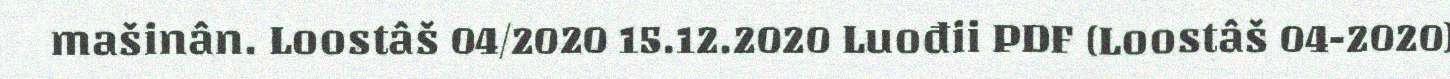
mašinân. Loostâš 04/2020 15.12.2020 Luođii PDF (Loostâš 04-2020)